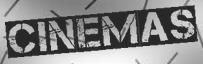
CINEMAS